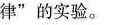
律”的实验。o